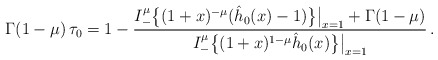
\begin{align*}\Gamma(1-\mu) \,\tau_0=1-\frac {I_-^\mu \big\{(1+x)^{-\mu} (\hat h_0(x)-1)\big\}\big|_{x=1}+\Gamma(1-\mu)} {I_-^\mu \big\{(1+x)^{1-\mu} \hat h_0(x)\big\}\big|_{x=1}}\,. \end{align*}